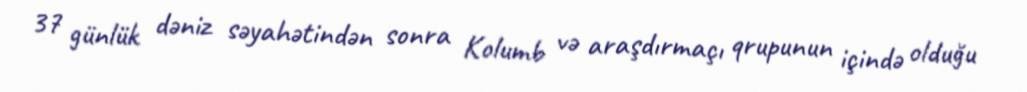
37 günlük dəniz səyahətindən sonra Kolumb və araşdırmaçı qrupunun içində olduğu